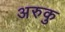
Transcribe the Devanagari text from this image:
अरुकु